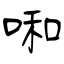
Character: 啝